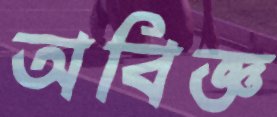
অবিজ্ঞ